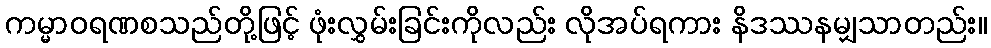
ကမ္မာဝရဏစသည်တို့ဖြင့် ဖုံးလွှမ်းခြင်းကိုလည်း လိုအပ်ရကား နိဒဿနမျှသာတည်း။